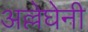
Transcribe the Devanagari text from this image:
अल्लेघेनी